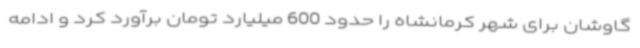
گاوشان برای شهر کرمانشاه را حدود 600 میلیارد تومان برآورد کرد و ادامه